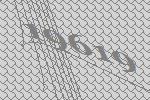
19619